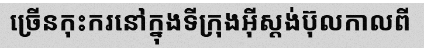
ច្រើនកុះករនៅក្នុងទីក្រុងអ៊ីស្តង់ប៊ុលកាលពី